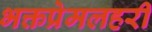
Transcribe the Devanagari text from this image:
भक्तप्रेमलहरी